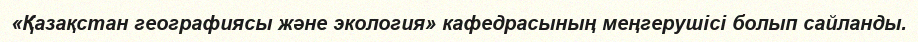
«Қазақстан географиясы және экология» кафедрасының меңгерушісі болып сайланды.